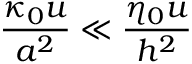
\frac { \kappa _ { 0 } u } { a ^ { 2 } } \ll \frac { \eta _ { 0 } u } { h ^ { 2 } }